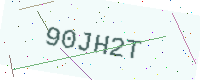
Text: 90JH2T